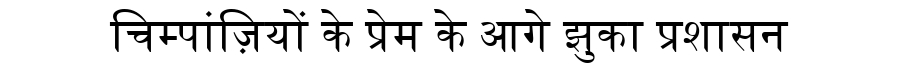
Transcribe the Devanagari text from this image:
चिम्पांज़ियों के प्रेम के आगे झुका प्रशासन